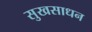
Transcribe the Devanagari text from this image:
सुखसाधन